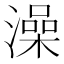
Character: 澡